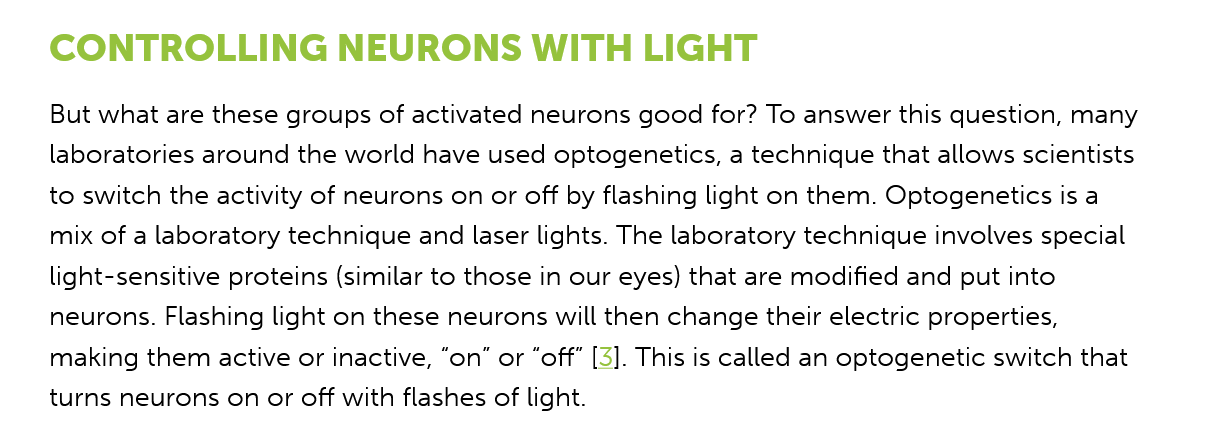
CONTROLLING    NEURONS    WITH    LIGHT
    But what are these groups of activated neurons good for? To answer this question, many
    laboratories around the world have used optogenetics, a technique that allows scientists
    to switch the activity of neurons on or off by flashing light on them. Optogenetics is a
    mix of a laboratory technique and laser lights. The laboratory technique involves special
    light-sensitive proteins (similar to those in our eyes) that are modified and put into
    neurons. Flashing light on these neurons will then change their electric properties,
    making them active or inactive, “on” or “off” [3]. This is called an optogenetic switch that
    turns neurons on or off with flashes of light.